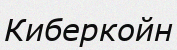
Киберкойн